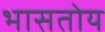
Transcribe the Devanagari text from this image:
भासतोय